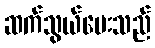
ဆက်သွယ်ပေးသည်